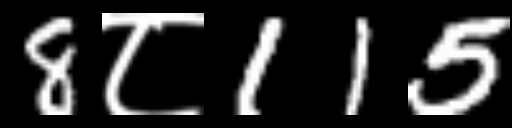
Text: 8८115